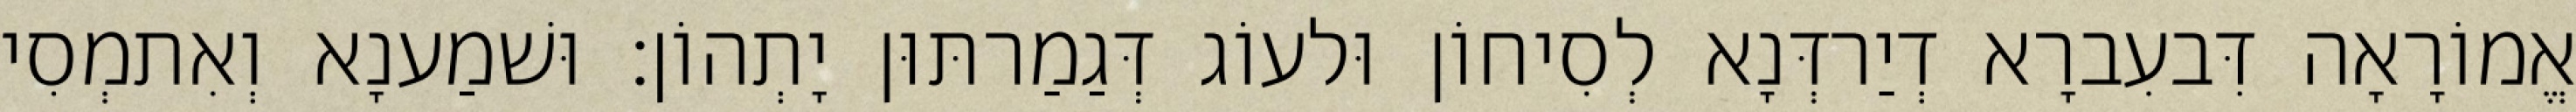
אֱמוֹרָאָה דִּבעִברָא דְיַרדְּנָא לְסִיחוֹן וּלעוֹג דְּגַמַרתּוּן יָתְהוֹן׃ וּשׁמַענָא וְאִתמְסִי